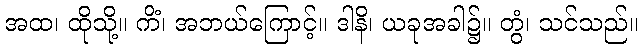
အထ၊ ထိုသို့။ ကိံ၊ အဘယ်ကြောင့်။ ဒါနိ၊ ယခုအခါ၌။ တွံ၊ သင်သည်။